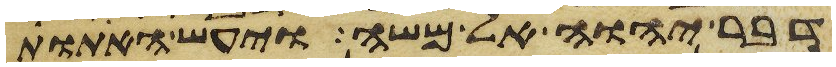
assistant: דבר יהוה אל משה ויעש האתות